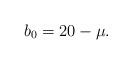
LaTeX: \begin{align*} b_{0}=20-\mu. \end{align*}